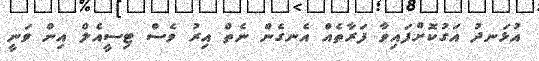
އުޅަނދު އަގުކޮށްފައިވާ ފަރާތެއް އެނގެން ނެތް އިރު ވެސް ޓިސީއެލް އިން ވަނީ